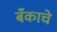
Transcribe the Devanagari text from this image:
बँकाचे